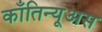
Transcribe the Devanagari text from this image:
काँतिन्यूअस